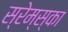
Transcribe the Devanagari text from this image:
स्रेम्स्का